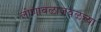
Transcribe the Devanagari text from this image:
लोणावळाजवळच्या